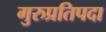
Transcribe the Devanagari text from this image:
गुरुप्रतिपदा